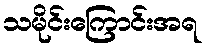
သမိုင်းကြောင်းအရ